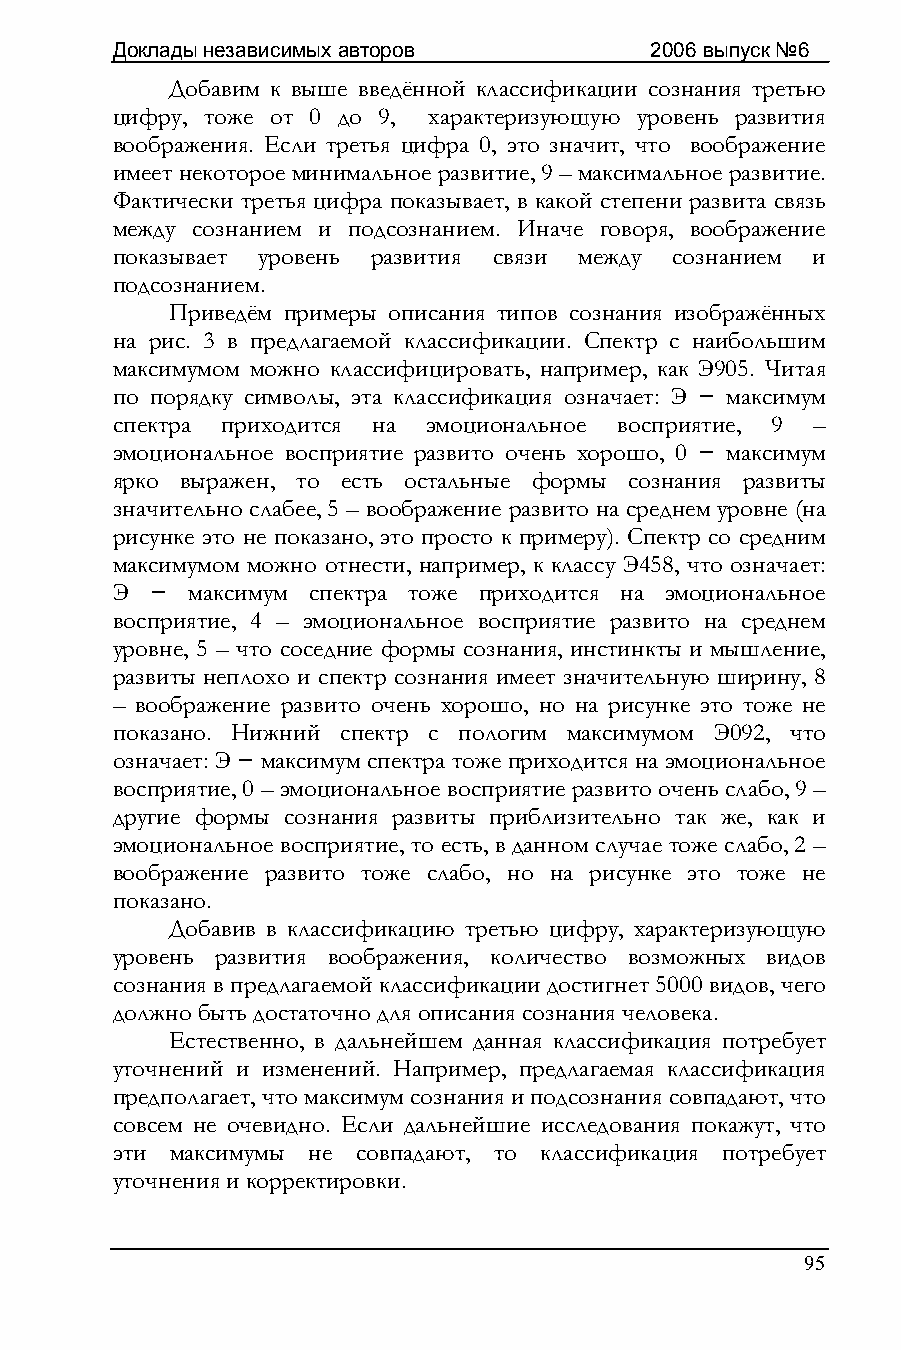
Доклады независимых авторов         2006 выпуск №6
 Добавим к выше введённой классификации сознания третью
 цифру, тоже от 0 до 9, характеризующую уровень развития
 воображения. Если третья цифра 0, это значит, что воображение
 имеет некоторое минимальное развитие, 9 – максимальное развитие.
 Фактически третья цифра показывает, в какой степени развита связь
 между сознанием и подсознанием. Иначе говоря, воображение
 показывает уровень развития связи между сознанием и
 подсознанием.
 Приведём примеры описания типов сознания изображённых
 на рис. 3 в предлагаемой классификации. Спектр с наибольшим
 максимумом можно классифицировать, например, как Э905. Читая
 по порядку символы, эта классификация означает: Э − максимум
 спектра приходится на эмоциональное восприятие, 9 –
 эмоциональное восприятие развито очень хорошо, 0 − максимум
 ярко выражен, то есть остальные формы сознания развиты
 значительно слабее, 5 – воображение развито на среднем уровне (на
 рисунке это не показано, это просто к примеру). Спектр со средним
 максимумом можно отнести, например, к классу Э458, что означает:
 Э  − максимум спектра тоже приходится на эмоциональное
 восприятие, 4 – эмоциональное восприятие развито на среднем
 уровне, 5 – что соседние формы сознания, инстинкты и мышление,
 развиты неплохо и спектр сознания имеет значительную ширину, 8
 – воображение развито очень хорошо, но на рисунке это тоже не
 показано. Нижний спектр с пологим максимумом Э092, что
 означает: Э − максимум спектра тоже приходится на эмоциональное
 восприятие, 0 – эмоциональное восприятие развито очень слабо, 9 –
 другие формы сознания развиты приблизительно так же, как и
 эмоциональное восприятие, то есть, в данном случае тоже слабо, 2 –
 воображение развито тоже слабо, но на рисунке это тоже не
 показано.
 Добавив в классификацию третью цифру, характеризующую
 уровень развития воображения, количество возможных видов
 сознания в предлагаемой классификации достигнет 5000 видов, чего
 должно быть достаточно для описания сознания человека.
 Естественно, в дальнейшем данная классификация потребует
 уточнений и изменений. Например, предлагаемая классификация
 предполагает, что максимум сознания и подсознания совпадают, что
 совсем не очевидно. Если дальнейшие исследования покажут, что
 эти максимумы не совпадают, то классификация потребует
 уточнения и корректировки.
 95